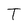
Character: T